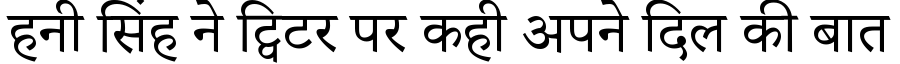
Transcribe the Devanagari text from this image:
हनी सिंह ने ट्विटर पर कही अपने दिल की बात